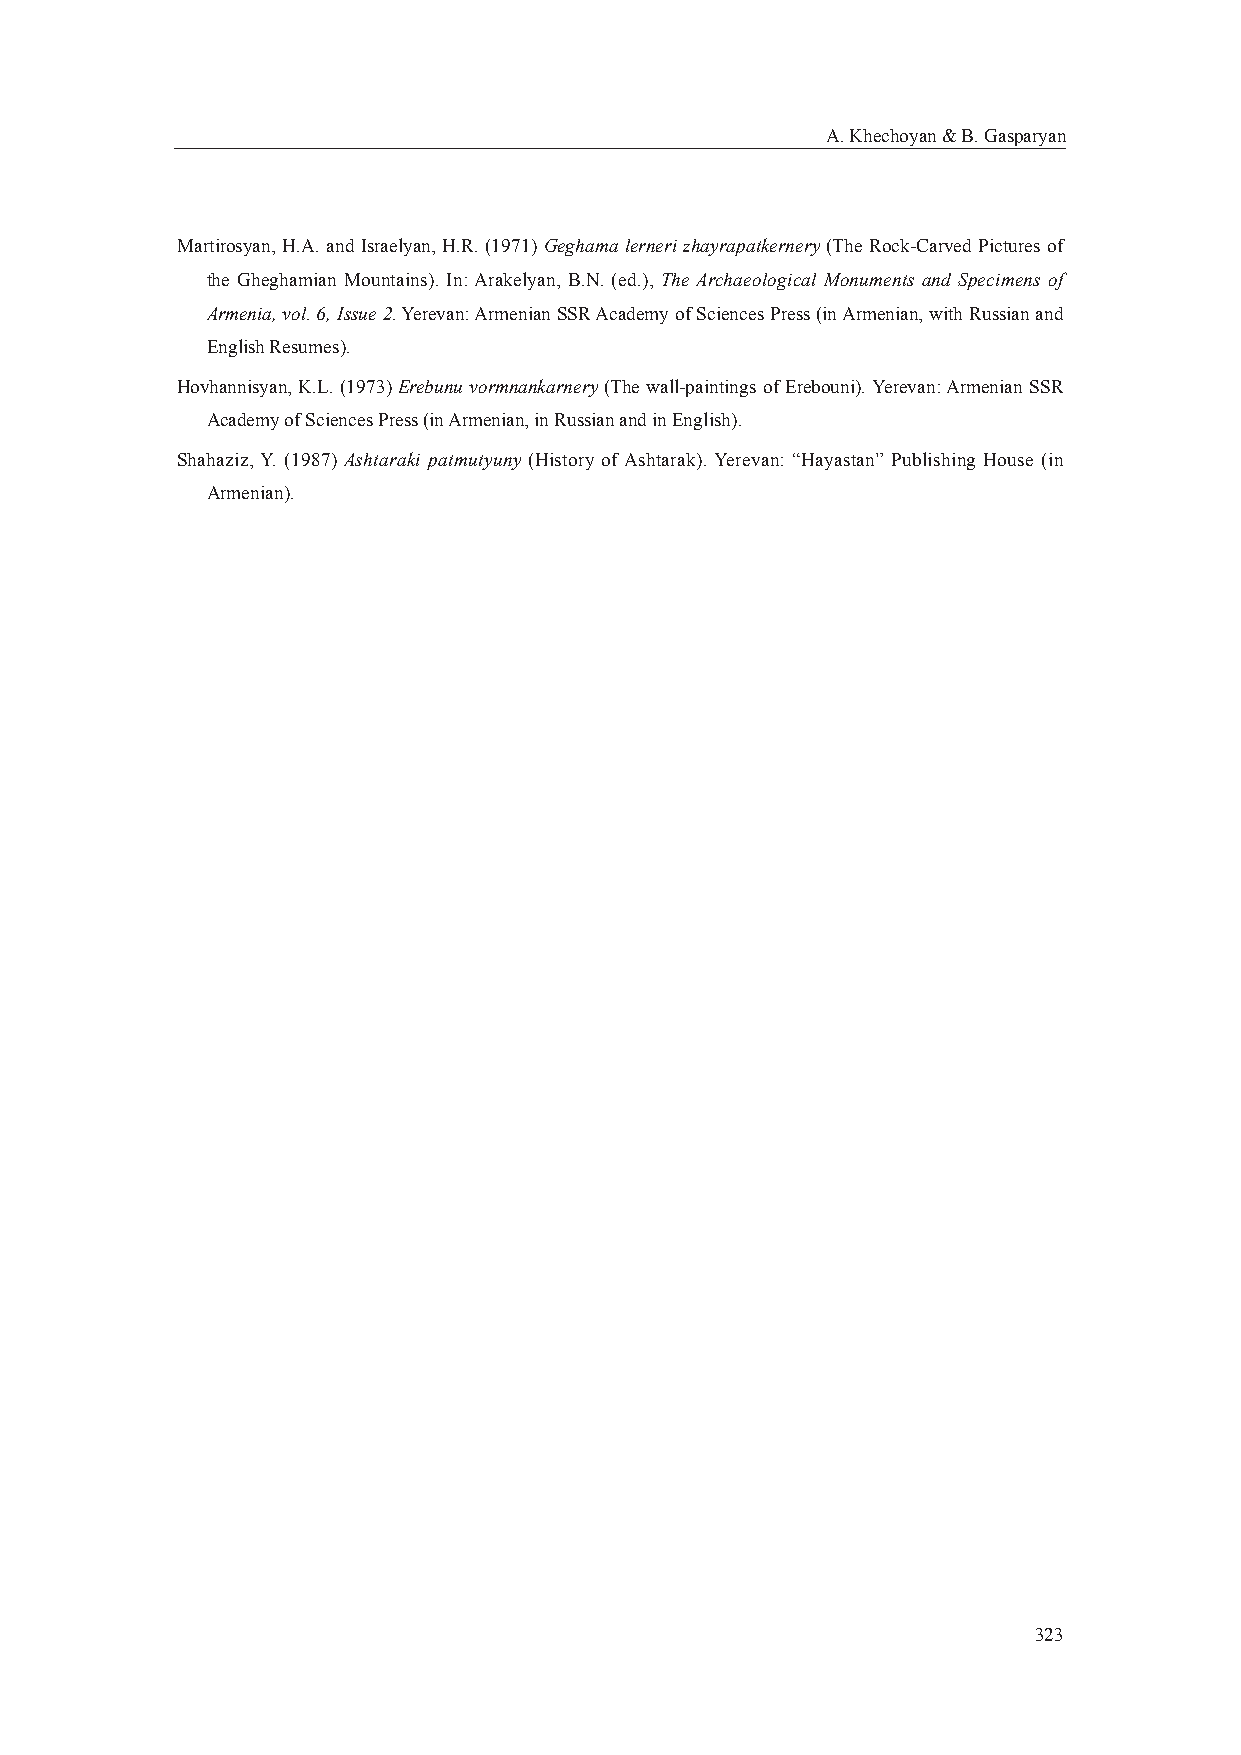
A. Khechoyan & B. Gasparyan
 Martirosyan, H.A. and Israelyan, H.R. (1971) Geghama lerneri zhayrapatkernery (The Rock-Carved Pictures of
 the Gheghamian Mountains). In: Arakelyan, B.N. (ed.), The Archaeological Monuments and Specimens of
 Armenia, vol. 6, Issue 2. Yerevan: Armenian SSR Academy of Sciences Press (in Armenian, with Russian and
 English Resumes).
 Hovhannisyan, K.L. (1973) Erebunu vormnankarnery (The wall-paintings of Erebouni). Yerevan: Armenian SSR
 Academy of Sciences Press (in Armenian, in Russian and in English).
 Shahaziz, Y. (1987) Ashtaraki patmutyuny (History of Ashtarak). Yerevan: “Hayastan” Publishing House (in
 Armenian).
 323